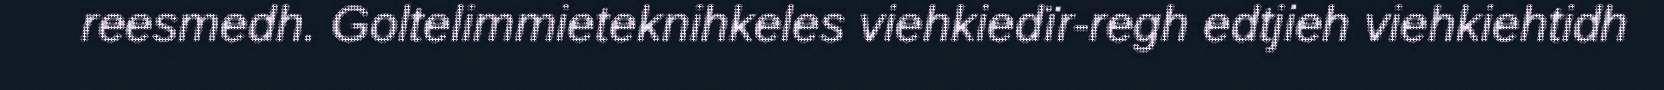
reesmedh. Goltelimmieteknihkeles viehkiedïr-regh edtjieh viehkiehtidh